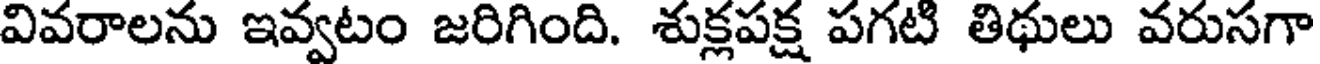
వివరాలను ఇవ్వటం జరిగింది. శుక్లపక్ష పగటి తిథులు వరుసగా